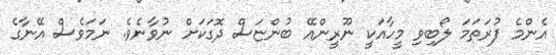
އެންމެ ފުރަތަމަ ލޯބިވި މީހާއަކީ ނޫރީންއޭ ބުންޏަސް ދޮގަކަށް ނުވާނެވެ. ނަމަވެސް އޭނާގެ